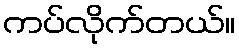
ကပ်လိုက်တယ်။